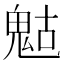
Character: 𩲱